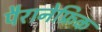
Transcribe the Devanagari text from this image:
पैरानेफ्रिक